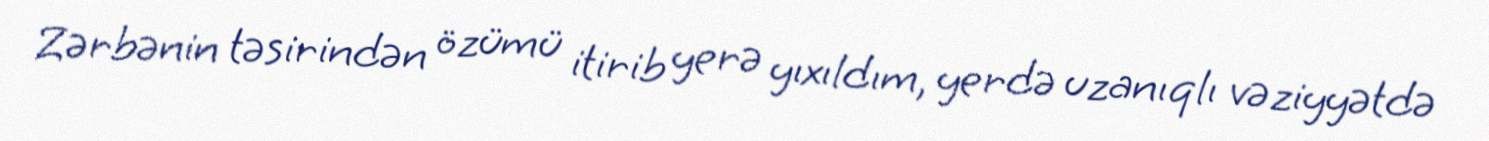
Zərbənin təsirindən özümü itirib yerə yıxıldım, yerdə uzanıqlı vəziyyətdə